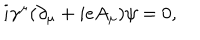
i { \gamma } ^ { \mu } ( { \partial } _ { \mu } + i e A _ { \mu } ) { \psi } = 0 ,